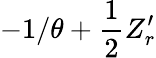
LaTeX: -1/\theta+{\frac{1}{2}}Z_{r}^{\prime}